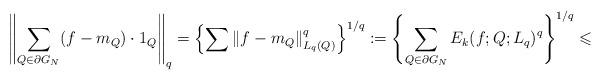
LaTeX: \begin{align*} \left\|\sum\limits_{Q\in \partial G_N} (f-m_Q)\cdot 1_Q\right\|_q= \left\{ \sum\|f-m_Q\|_{L_q(Q)}^q \right\}^{1/q}:= \left\{\sum\limits_{Q\in \partial G_N} E_k(f;Q;L_q)^q\right\}^{1/q}\leqslant\end{align*}